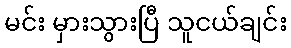
မင်း မှားသွားပြီ သူငယ်ချင်း